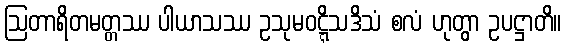
ဩတာရိတမတ္တဿ ပါယာသဿ ဥသုမဝဋ္ဋိသဒိသံ စလံ ဟုတွာ ဥပဋ္ဌာတိ။